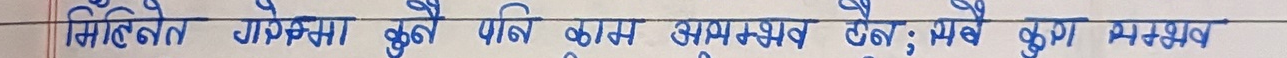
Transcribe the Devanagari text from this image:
मिहिनेत गरेमा कुनै पनि काम असम्भव छैन ; सधैँ खुशी अनुभव ।